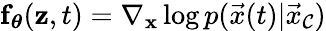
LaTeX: \mathbf{\boldsymbol{f}}_{\mathbf{\boldsymbol{\theta}}}(\mathbf{\boldsymbol{z}},t)=\nabla_{\mathbf{\boldsymbol{x}}}\log{p(\vec{x}(t)|\vec{x}_{\mathcal{C}})}